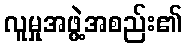
လူမှုအဖွဲ့အစည်း၏